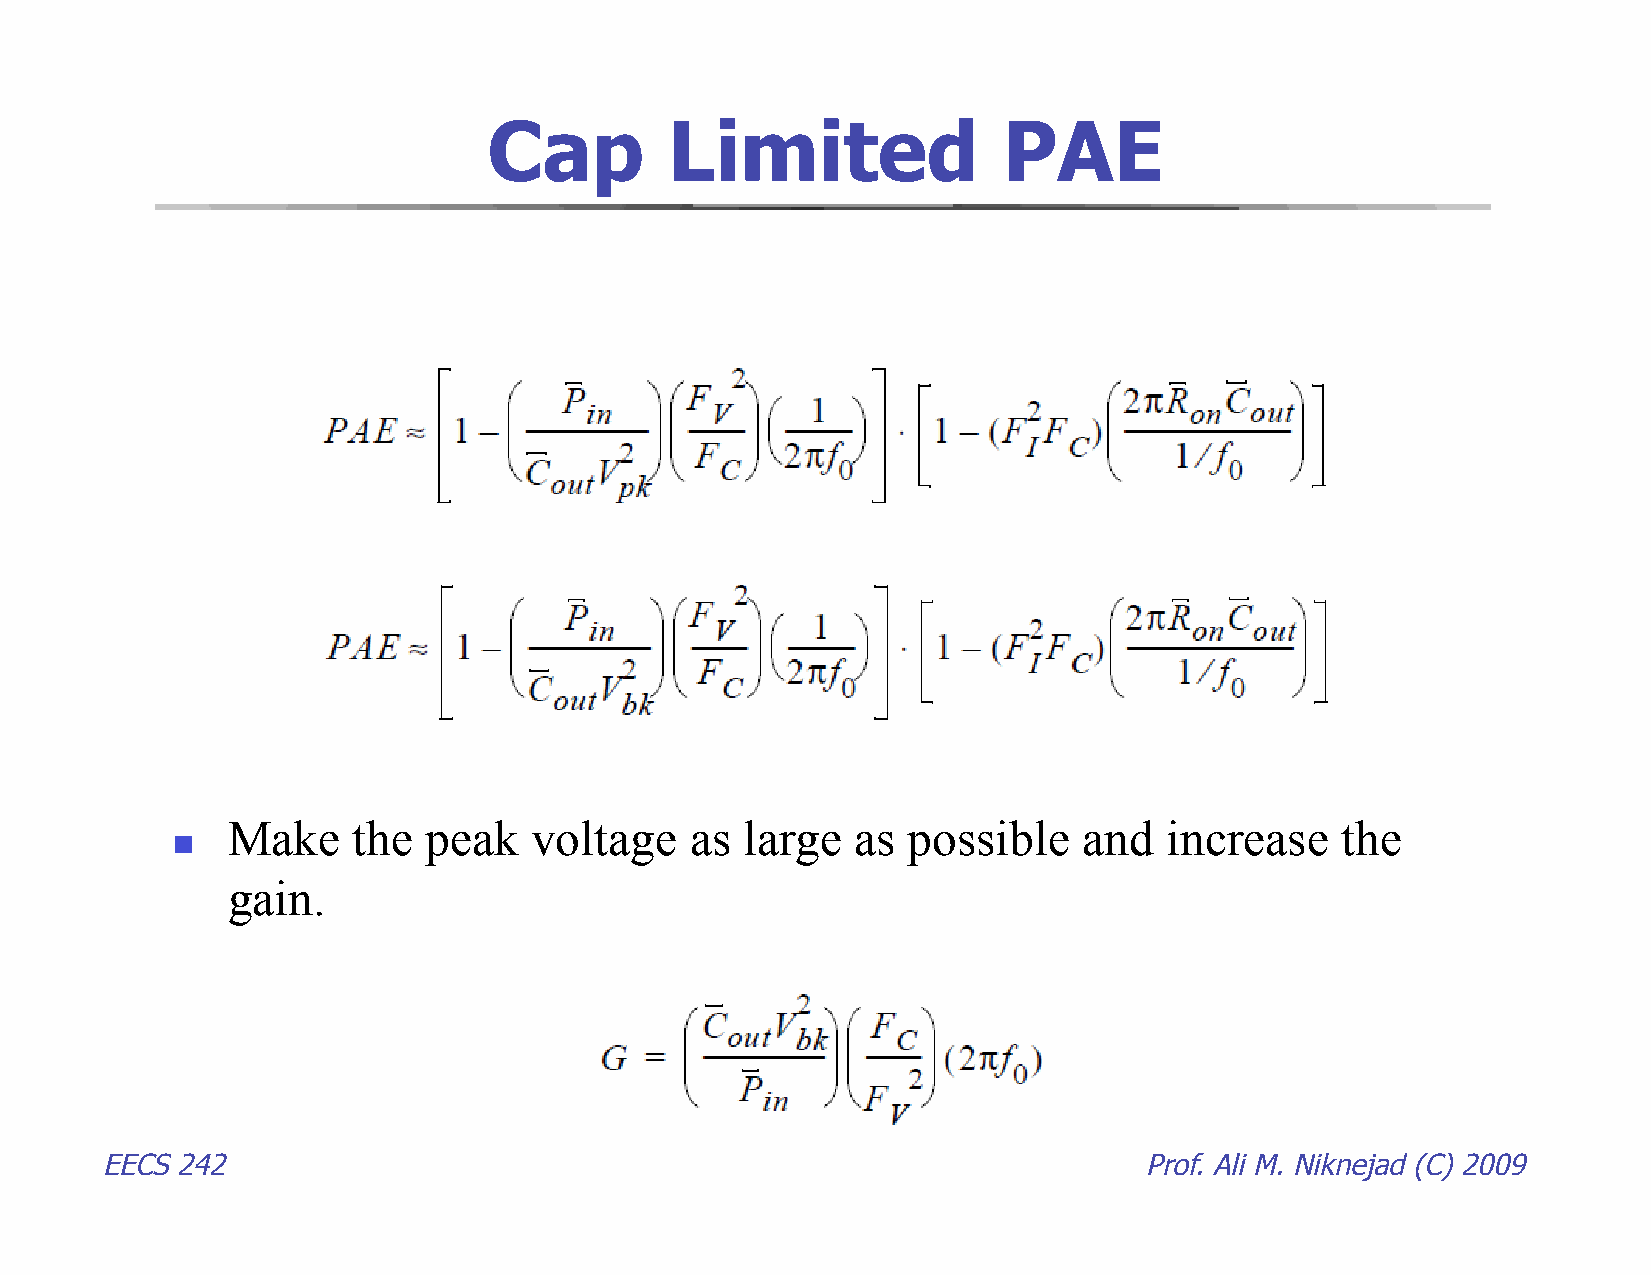
Cap         Limited               PAE
 Make    the  peak   voltage    as large   as possible    and  increase    the
 
 gain.
 EECS 242                                                             Prof. Ali M. Niknejad (C) 2009